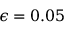
\epsilon = 0 . 0 5